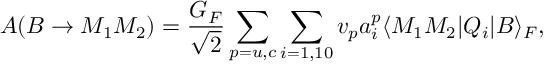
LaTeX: A ( B \rightarrow M _ { 1 } M _ { 2 } ) = \frac { G _ { F } } { \sqrt { 2 } } \sum _ { p = u , c } \sum _ { i = 1 , 1 0 } v _ { p } a _ { i } ^ { p } \langle M _ { 1 } M _ { 2 } \vert Q _ { i } \vert B \rangle _ { F } ,